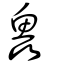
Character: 鱻